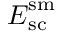
\boldsymbol { E } _ { \mathrm { s c } } ^ { \mathrm { s m } }